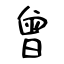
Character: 曾